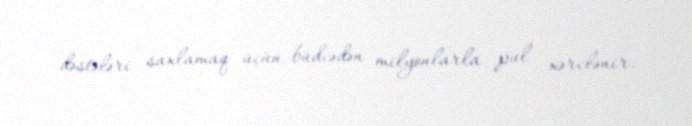
dəstələri saxlamaq üçün büdcədən milyonlarla pul xərclənir.